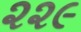
૨૨૯